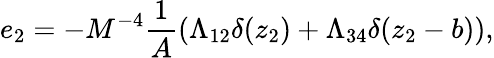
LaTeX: e_{2}=-M^{-4}\frac{1}{A}(\Lambda_{12}\delta(z_{2})+\Lambda_{34}\delta(z_{2}-b)),